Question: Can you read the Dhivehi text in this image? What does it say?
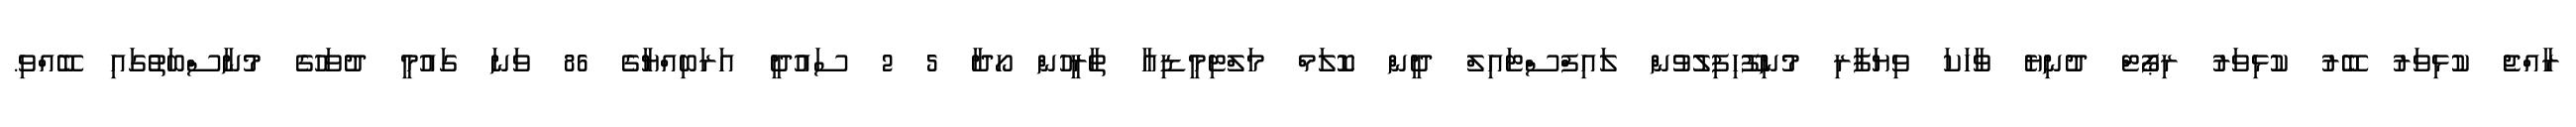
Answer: ރާއްޖެ ކުޅިވަރު ބޭރު ކުޅިވަރު ރިޕޯޓް ދުނިޔެ ވާހަކަ ވިޔަފާރި މުނިފޫހިފިލުވުން ލައިފްސްޓައިލް ދީން ކޮލަމް މަލްޓިމީޑިއާ ތާރީހުން ހޯދާ 5 2 ސައުދީ އަރަބިއްޔާގެ 86 ވަނަ ގައުމީ ދުވަހުގެ މުނާސްބަތުގައި ބޭއްވި.